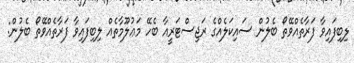
ލިބިފައިވާ ފަރާތެއްވޭތޯ ބެލުން ސައިކަލެއްގެ ރަޖިސްޓަރީއާ ބެހޭ މަޢުލޫމާތެއް ލިބިފައިވާ ފަރާތެއްވޭތޯ ބެލުން: